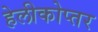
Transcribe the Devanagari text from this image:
हेलीकोप्तर